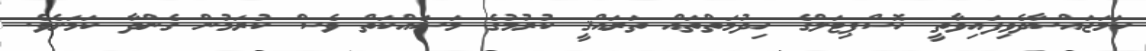
ހަމަޖައްސާދެވިފައިވާތީ ހޮސްޕިޓަލްގެ ހިދުމަތްތައް ތަރައްޤީ ކުރުމުގެ މަސައްކަތް ވެސް ކުރަމުން ގެންދާ ކަމަށެވެ.